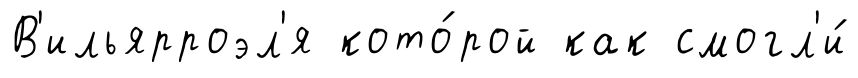
В'ильярроэл'я кото́рой как смогл'и́